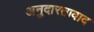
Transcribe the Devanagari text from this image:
अनुदारतावाद